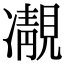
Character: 𩇟